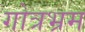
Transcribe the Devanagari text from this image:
गोत्रभ्रम